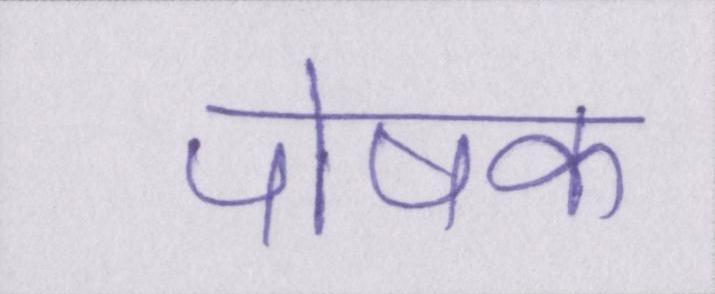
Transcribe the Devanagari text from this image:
पोषक